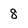
Character: 8